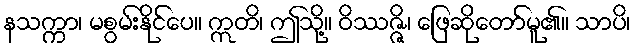
နသက္ကာ၊ မစွမ်းနိုင်ပေ။ ဣတိ၊ ဤသို့။ ဝိဿဇ္ဇိ၊ ဖြေဆိုတော်မူ၏။ သာပိ၊